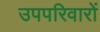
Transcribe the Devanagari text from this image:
उपपरिवारों